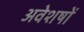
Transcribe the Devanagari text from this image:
अवेशषों